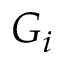
G _ { i }